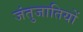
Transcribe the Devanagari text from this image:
जंतुजातियों